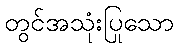
တွင်အသုံးပြုသော